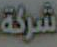
شركة